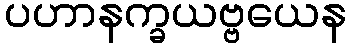
ပဟာနက္ခယဗ္ဗယေန